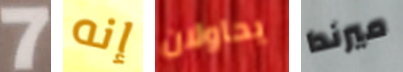
7 إنه يحاولان ميرندا